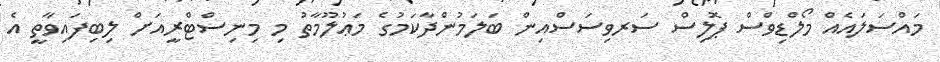
މައްސަލައެއް މޯލްޑިވްސް ޕޮލިސް ސަރވިސަސްއިން ބަލަމުންދާކަމުގެ މަޢުލޫމާތު މި މިނިސްޓްރީއަށް ލިބިފައިވާތީ އެ